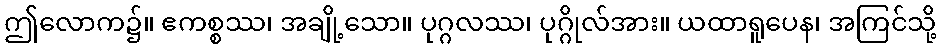
ဤလောက၌။ ဧကစ္စဿ၊ အချို့သော။ ပုဂ္ဂလဿ၊ ပုဂ္ဂိုလ်အား။ ယထာရူပေန၊ အကြင်သို့